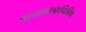
વાતાવરણવિવિધ